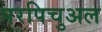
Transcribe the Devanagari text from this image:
परपिचुअल